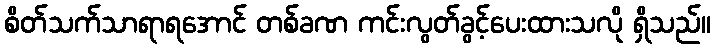
စိတ်သက်သာရာရအောင် တစ်ခဏ ကင်းလွတ်ခွင့်ပေးထားသလို ရှိသည်။